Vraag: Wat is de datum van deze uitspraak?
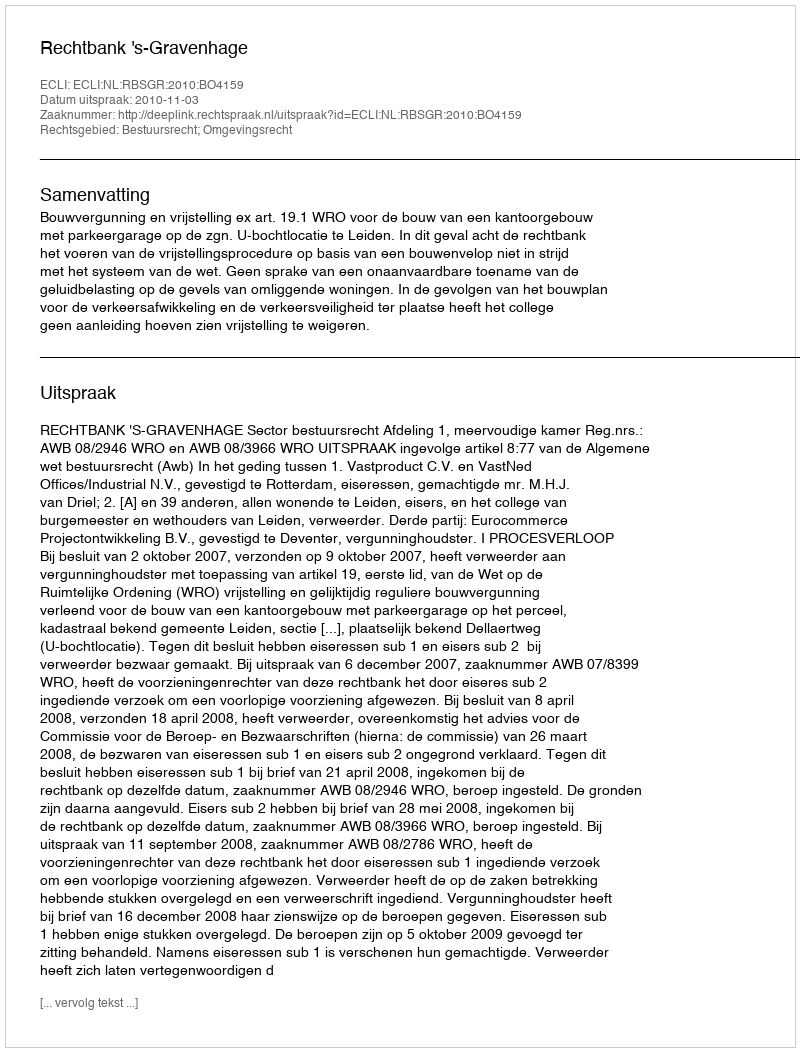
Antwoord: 2010-11-03